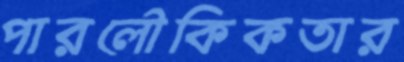
পারলৌকিকতার